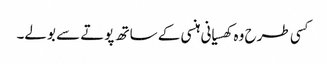
کسی طرح وہ کھسیانی ہنسی کے ساتھ پوتے سے بولے۔